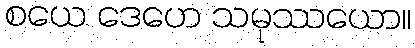
စယေ ဒေဟေ သမုဿယော။